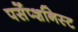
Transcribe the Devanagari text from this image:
पर्सेप्शनिस्ट